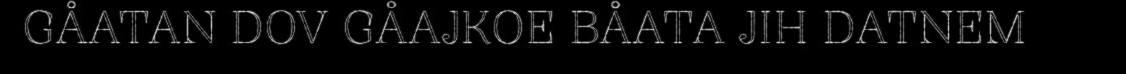
GÅATAN DOV GÅAJKOE BÅATA JIH DATNEM